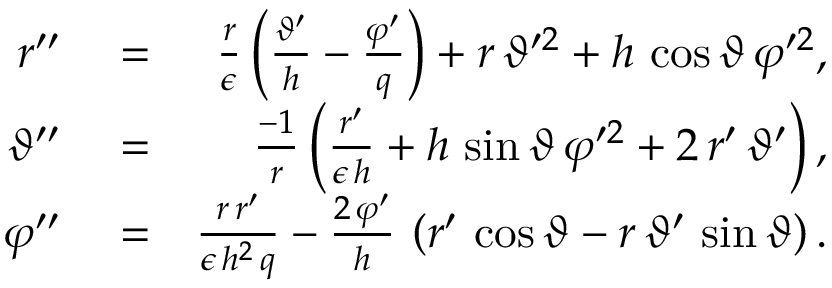
\begin{array} { r l r } { r ^ { \prime \prime } } & { { } = } & { \frac { r } { \epsilon } \left( \frac { \vartheta ^ { \prime } } { h } - \frac { \varphi ^ { \prime } } { q } \right) + r \, \vartheta ^ { \prime 2 } + h \, \cos \vartheta \, \varphi ^ { \prime 2 } , } \\ { \vartheta ^ { \prime \prime } } & { { } = } & { \frac { - 1 } { r } \left( \frac { r ^ { \prime } } { \epsilon \, h } + h \, \sin \vartheta \, \varphi ^ { \prime 2 } + 2 \, r ^ { \prime } \, \vartheta ^ { \prime } \right) , } \\ { \varphi ^ { \prime \prime } } & { { } = } & { \frac { r \, r ^ { \prime } } { \epsilon \, h ^ { 2 } \, q } - \frac { 2 \, \varphi ^ { \prime } } { h } \, \left( r ^ { \prime } \, \cos \vartheta - r \, \vartheta ^ { \prime } \, \sin \vartheta \right) . } \end{array}